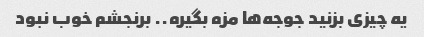
یه چیزی بزنید جوجه‌ها مزه بگیره.. برنجشم خوب نبود